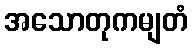
အသောတုကမျတံ